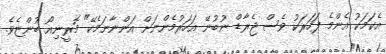
އެކަމަކު އެންމެ ފަހަރަކު ވެސް ޖެރާޑް ނުބުނޭ އަހަރުމެންނަށް އަންނާނަމެކޭ" މޮރީނިއޯ ބުންޏެވެ.